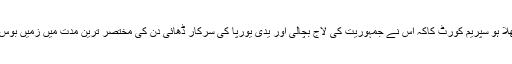
وہ تو بھلا ہو سپریم کورٹ کاکہ اس نے جمہوریت کی لاج بچالی اور یدی یورپا کی سرکار ڈھائی دن کی مختصر ترین مدت میں زمیں بوس ہوگئی۔